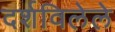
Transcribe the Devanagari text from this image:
दर्शविलेले